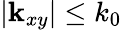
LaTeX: |{\mathbf k}_{xy}|\leq k_{0}